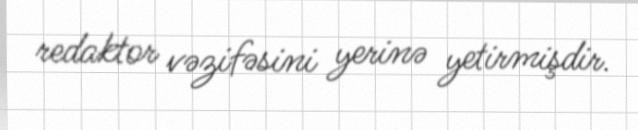
redaktor vəzifəsini yerinə yetirmişdir.